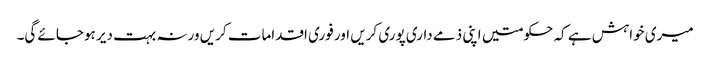
میری خواہش ہے کہ حکومتیں اپنی ذمے داری پوری کریں اور فوری اقدامات کریں ورنہ بہت دیر ہوجائے گی۔